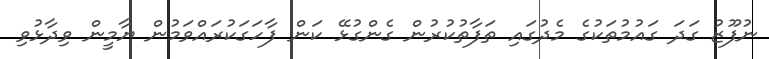
ނުފޫޒު ގަދަ ގައުމުތަކުގެ މެދުގައި ތަފާތުކުރުން ގެންގުޅޭ ކަން ފާހަގަކުރައްވަމުން ޔާމީން ވިދާޅުވި